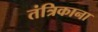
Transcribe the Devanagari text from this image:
तंत्रिकाना